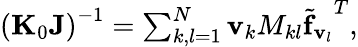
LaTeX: \begin{array}{r}{\left({\mathbf K}_{0}{\mathbf J}\right)^{-1}=\sum_{k,l=1}^{N}{\mathbf v}_{k}{M_{kl}}{\widetilde{\mathbf f}_{{\mathbf v}_{l}}}^{T},}\end{array}